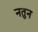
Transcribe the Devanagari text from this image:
नतुन